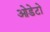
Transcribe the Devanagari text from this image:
ओडेटो